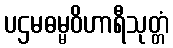
ပဌမဓမ္မဝိဟာရီသုတ္တံ